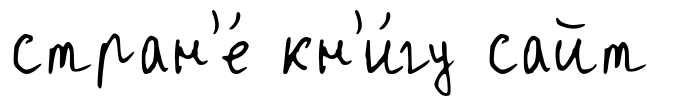
стран'е́ кн'и́гу сайт